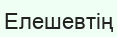
Елешевтің